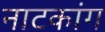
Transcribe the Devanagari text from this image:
नाटकांग